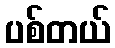
ပစ်တယ်